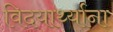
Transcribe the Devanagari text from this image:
विदयार्थ्याना